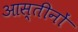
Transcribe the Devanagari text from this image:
आस्तीनों